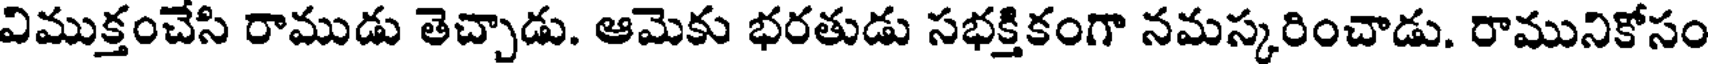
విముక్తంచేసి రాముడు తెచ్చాడు. ఆమెకు భరతుడు సభక్తికంగా నమస్కరించాడు. రామునికోసం